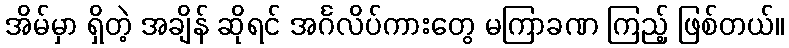
အိမ်မှာ ရှိတဲ့ အချိန် ဆိုရင် အင်္ဂလိပ်ကားတွေ မကြာခဏ ကြည့် ဖြစ်တယ်။